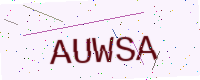
Text: AUWSA